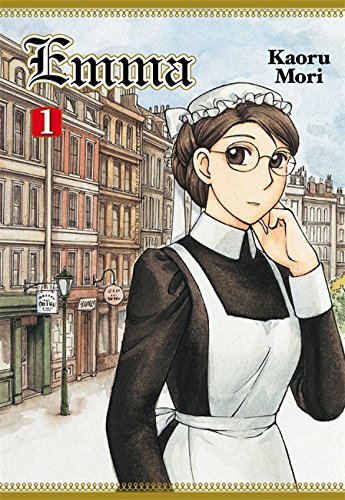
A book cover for Emma, Vol. 1; Kaoru Mori; Comics & Graphic Novels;